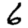
Digit: 6